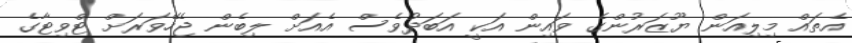
އެތައް މިލިއަން ޔޫޒަރުންގެ ވައިން އަކީ އަބަދުވެސް އެއަށް ލިބެން ޖެހޭވަރަށް ޓްވިޓާގެ